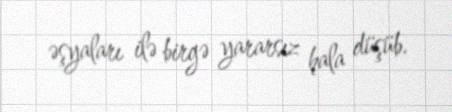
əşyaları ilə birgə yararsız hala düşüb.